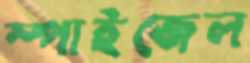
স্পাইজেল